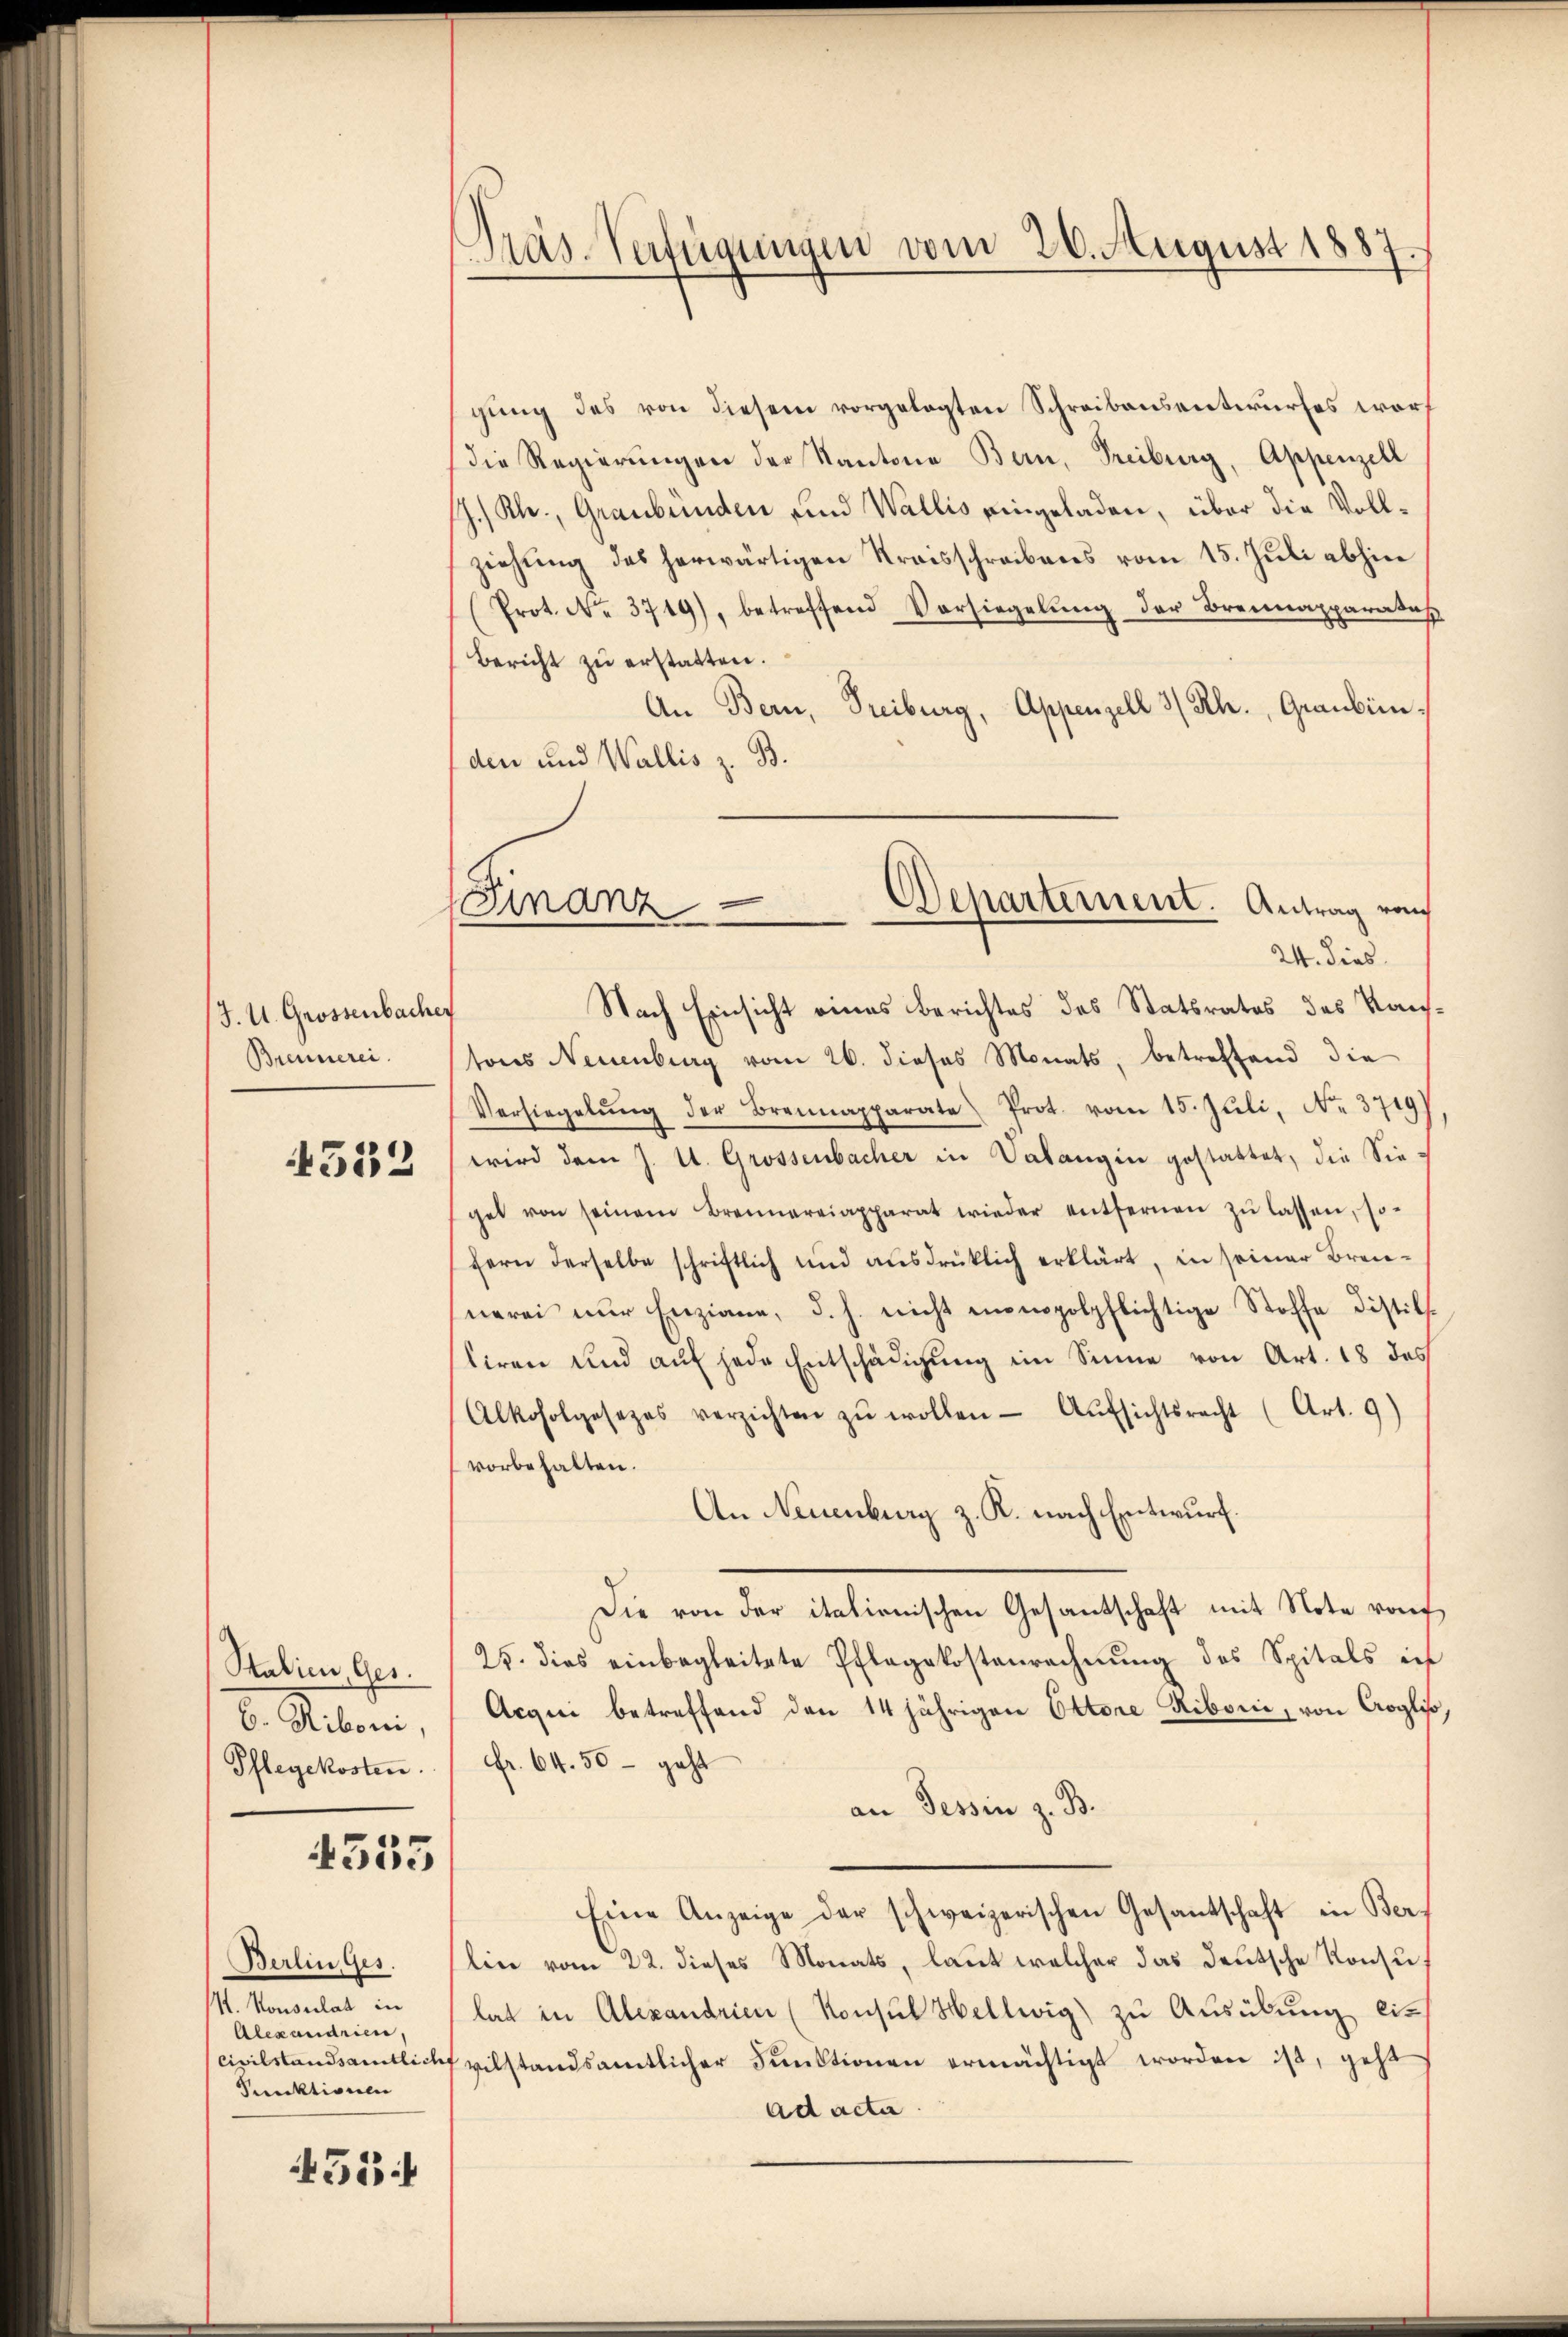
/J. U. Grossenbacher
Brennerei.

4532

Stalien, Ges.
b. Riben,
Pflegekosten.

4355

Berlin Ges.
V. Konsulat in
Alexandrien
Punktionen

453

Pras-Verfügungen vom 26. August 1887.

(Finanz-Departernent. Antrag vo
24. dies

gung des von diesem vorgelegten Schreibensentwurfes warf
(die Regierŭngen der Kantone Bern, Freiburg, Appenzell
JJ.) Kl., Graubünden und Wallis eingeladen, über die Vollziehung des herwärtigen Kraisschreibens vom 15. Juli abhin
(Prot. No. 3719), betreffend Vorsiegelŭng der Brennapparates
Bericht zŭ erstatten.
An Bern, Treiburg, Appenzell 3/ Rh., Graubün
den und Wallis z. B.
Nach Einsicht eines Berichtes des Statsrates des Kaustons Neuenburg vom 26. dieses Monats, betreffend die
Versiegelŭng der Brennapparate Prot. vom 15. Juli, No. 3719)
wird dem J. U. Grossenbacher in Valangen gestattet, die Siegel von seinem Brennereiapparat wieder entfernen zŭ lassen, so-
Hern derselbe schriftlich und ausdrüklich erklärt, in seiner Brennerei nur Enziane, d. h. nicht monopolpflichtige Stoffe Distillliren und auf jede Entschädigung im Sinne von Art. 18 des
Alkoholgesezes verzichten zŭ wollen. Aŭfsichtsrecht (Art. 9)
vorbehalten.
An Neuenburg z. R. nach Entwurf.
Die von der italionischen Gesantschaft mit Note von
25. dies einbegleitete Pflegekostenrechnŭng des Spitals in
Acqui betreffend den 14 jährigen Oktore Riborii, von Croglis
Fr. 64. 50 – geht
an Tessin z. B.
Eine Anzeige der schweizerischen Gesantschaft in Ber
lin vom 22. dieses Monats, laut welcher das deutsche Konsulat in Alexandrien (Konsul Hellwig zu Ausübung eicivilstandsamtlich vilstandsamtlicher Funktionen ermächtigt worden ist, geht
ad acta